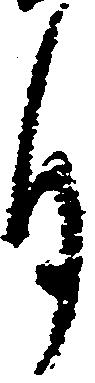
月